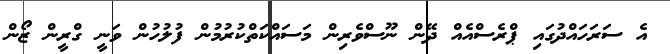
އެ ސަރަހައްދުގައި ޕްރެސްއެއް ދޭން ނޫސްވެރިން މަސައްކަތްކުރުމުން ފުލުހުން ވަނީ ގްރީން ޒޯން